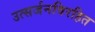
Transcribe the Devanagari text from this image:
उत्सर्जनविरहित